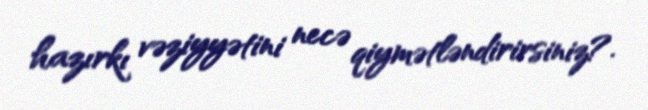
hazırkı vəziyyətini necə qiymətləndirirsiniz?.